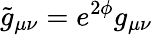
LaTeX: \tilde{g}_{\mu\nu}=e^{2\phi}g_{\mu\nu}